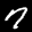
Label: 7